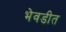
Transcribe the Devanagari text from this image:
भेवडीत